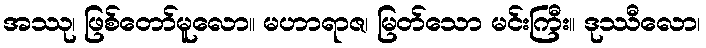
အဿု၊ ဖြစ်တော်မူလော။ မဟာရာဇ၊ မြတ်သော မင်းကြီး။ ဒုဿီလော၊